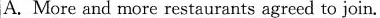
A. More and more restaurants agreed to join.